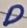
Text: D